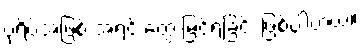
ပုံရိပ်အဖြစ် အရင် တွေ့ မြင်ရခြင်း ဖြစ်ပါတယ်။